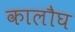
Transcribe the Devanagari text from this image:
कालौघ